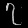
Digit: ၇